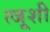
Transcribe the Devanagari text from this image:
त्जूशी